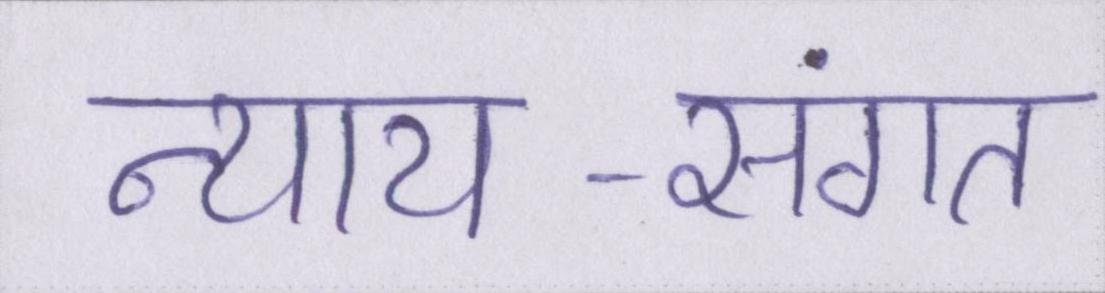
न्याय-संगत